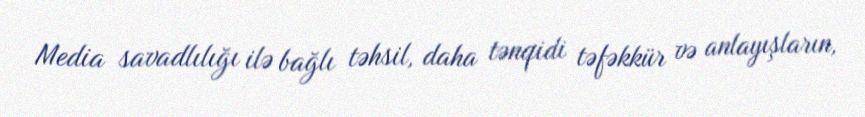
Media savadlılığı ilə bağlı təhsil, daha tənqidi təfəkkür və anlayışların,